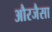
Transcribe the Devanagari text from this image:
औरजैसा